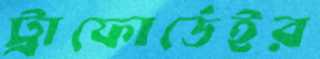
ট্রাফোর্ডেইর